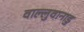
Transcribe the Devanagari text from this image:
वाल्लुवानाडु